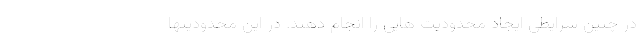
در چنین شرایطی ایجاد محدودیت هایی را انجام دهند. در این محدودیتها